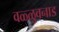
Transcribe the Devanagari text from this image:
वळ्ळुवनाड